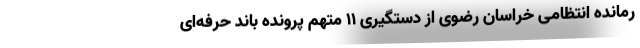
رمانده انتظامی خراسان رضوی از دستگیری ۱۱ متهم پرونده باند حرفه‌ای